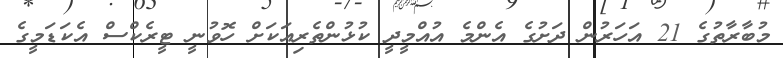
މުބާރާތުގެ 21 އަހަރުން ދަށުގެ އެންމެ އުއްމީދީ ކުޅުންތެރިއަކަށް ހޮވުނީ ޓީރެކްސް އެކަޑަމީގެ